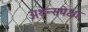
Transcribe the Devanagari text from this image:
अथेन्सपेक्षा